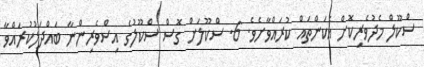
ސްކޫލް މެދުވެރިކޮށް އެކަންތައް ކުރައްވާށެވެ. 6. ސްކޫލަށް ގޮސް ސްކޫލުގެ އިސްވެރިންނާ ބައްދަލުކުރައްވާ